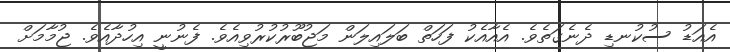
އެއަޑު ސުކުނޑި ދެނެގަތެވެ. އެއާއެކު ފަހަތް ބަލައިލަން މަޖުބޫރުކުރުވިއެވެ. ފެނުނީ އިހުދާއެވެ. ޖުމާމަށް